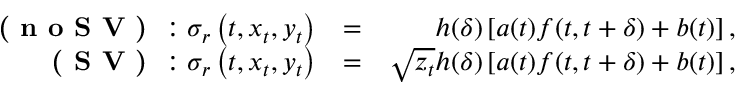
\begin{array} { r l r } { \textbf { ( n o S V ) } : \sigma _ { r } \left( t , x _ { t } , y _ { t } \right) } & { = } & { h ( \delta ) \left[ a ( t ) f ( t , t + \delta ) + b ( t ) \right] , } \\ { \textbf { ( S V ) } : \sigma _ { r } \left( t , x _ { t } , y _ { t } \right) } & { = } & { \sqrt { z _ { t } } h ( \delta ) \left[ a ( t ) f ( t , t + \delta ) + b ( t ) \right] , } \end{array}